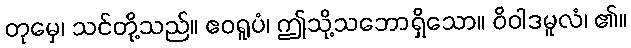
တုမှေ၊ သင်တို့သည်။ ဧဝရူပံ၊ ဤသို့သဘောရှိသော။ ဝိဝါဒမူလံ၊ ၏။